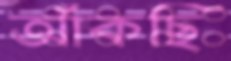
আঁকছি